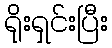
ရိုးရှင်းပြီး